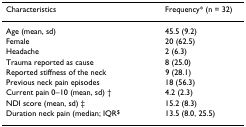
| Characteristics | Frequency* (n = 32) |
 | --- | --- |
 | Age (mean, sd) | 45.5 (9.2) |
 | Female | 20 (62.5) |
 | Headache | 2 (6.3) |
 | Trauma reported as cause | 8 (25.0) |
 | Reported stiffness of the neck | 9 (28.1) |
 | Previous neck pain episodes | 18 (56.3) |
 | Current pain 0–10 (mean, sd) † | 4.2 (2.3) |
 | NDI score (mean, sd) ‡ | 15.2 (8.3) |
 | Duration neck pain (median; IQR$ | 13.5 (8.0, 25.5) |